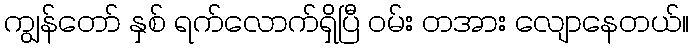
ကျွန်တော် နှစ် ရက်လောက်ရှိပြီ ဝမ်း တအား လျောနေတယ်။